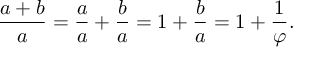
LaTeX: { \frac { a + b } { a } } = { \frac { a } { a } } + { \frac { b } { a } } = 1 + { \frac { b } { a } } = 1 + { \frac { 1 } { \varphi } } .